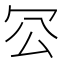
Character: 𠕺